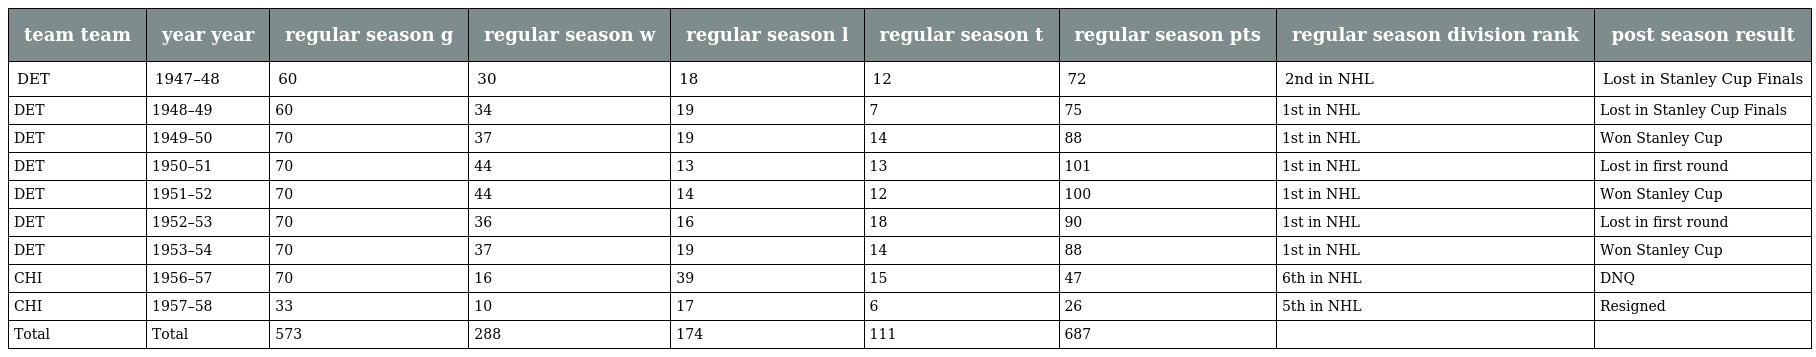
| team team | year year | regular season g | regular season w | regular season l | regular season t | regular season pts | regular season division rank | post season result |
 | --- | --- | --- | --- | --- | --- | --- | --- | --- |
 | DET | 1947–48 | 60 | 30 | 18 | 12 | 72 | 2nd in NHL | Lost in Stanley Cup Finals |
 | DET | 1948–49 | 60 | 34 | 19 | 7 | 75 | 1st in NHL | Lost in Stanley Cup Finals |
 | DET | 1949–50 | 70 | 37 | 19 | 14 | 88 | 1st in NHL | Won Stanley Cup |
 | DET | 1950–51 | 70 | 44 | 13 | 13 | 101 | 1st in NHL | Lost in first round |
 | DET | 1951–52 | 70 | 44 | 14 | 12 | 100 | 1st in NHL | Won Stanley Cup |
 | DET | 1952–53 | 70 | 36 | 16 | 18 | 90 | 1st in NHL | Lost in first round |
 | DET | 1953–54 | 70 | 37 | 19 | 14 | 88 | 1st in NHL | Won Stanley Cup |
 | CHI | 1956–57 | 70 | 16 | 39 | 15 | 47 | 6th in NHL | DNQ |
 | CHI | 1957–58 | 33 | 10 | 17 | 6 | 26 | 5th in NHL | Resigned |
 | Total | Total | 573 | 288 | 174 | 111 | 687 |  |  |